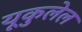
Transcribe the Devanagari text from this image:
यूकुलेल